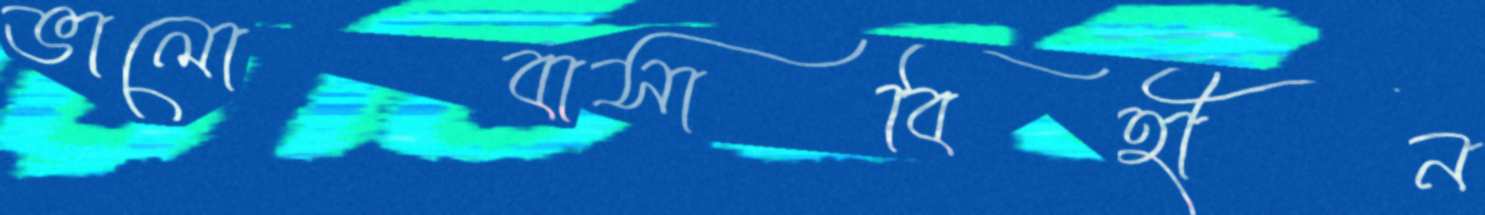
ভালোবাসাবিহীন